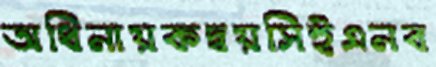
অধিনায়কদ্বয়সিইএনব